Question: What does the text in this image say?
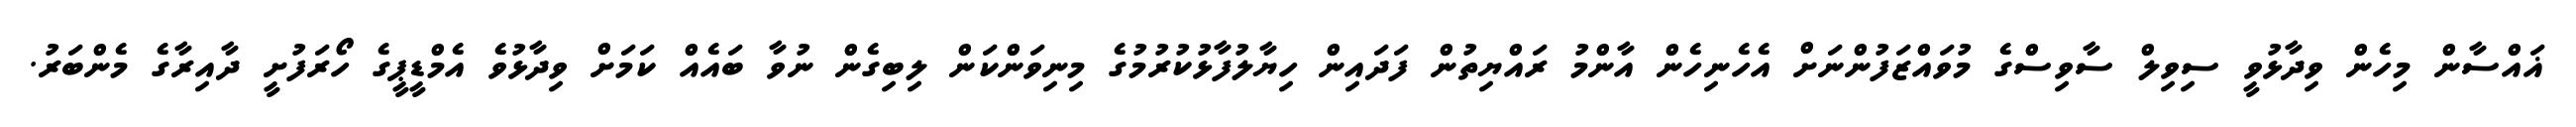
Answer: ޣައްސާން މިހެން ވިދާޅުވީ ސިވިލް ސާވިސްގެ މުވައްޒަފުންނަށް އެހެނިހެން އާންމު ރައްޔިތުން ފަދައިން ހިޔާލުފާޅުކުރުމުގެ މިނިވަންކަން ލިބިގެން ނުވާ ބައެއް ކަމަށް ވިދާޅުވެ އެމްޑީޕީގެ ހޯރަފުށީ ދާއިރާގެ މެންބަރު.